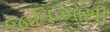
જાતિઓથી